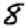
Digit: 8